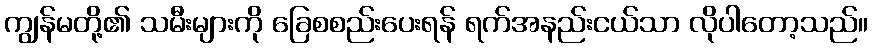
ကျွန်မတို့၏ သမီးများကို ခြေစစည်းပေးရန် ရက်အနည်းငယ်သာ လိုပါတော့သည်။